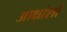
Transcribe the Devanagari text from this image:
आक्षांशों